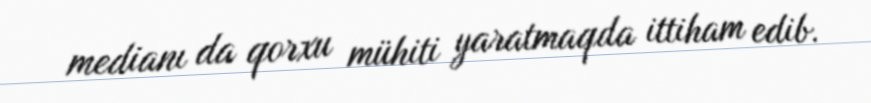
medianı da qorxu mühiti yaratmaqda ittiham edib.